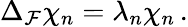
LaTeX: \Delta_{\mathcal{F}}\chi_{n}=\lambda_{n}\chi_{n}\, .